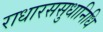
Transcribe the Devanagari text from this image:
राधारससुधानिधि